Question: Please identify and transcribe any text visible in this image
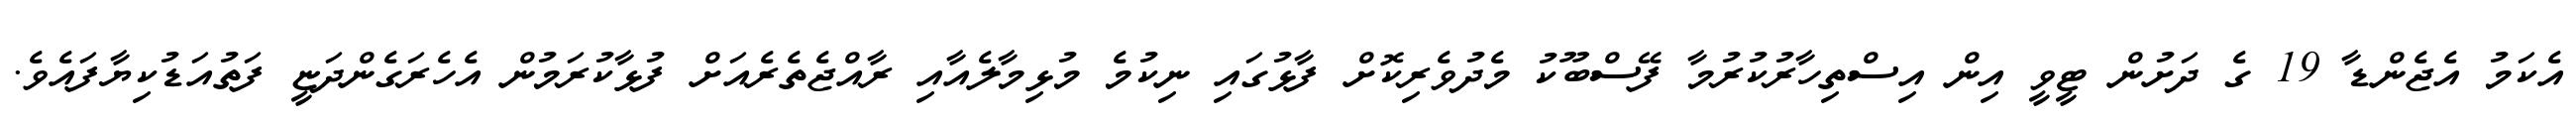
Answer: އެކަމު އެޖެންޑާ 19 ގެ ދަށުން ޓީވީ އިން އިސްތިހާރުކުރުމާ ފޭސްބޫކު މެދުވެރިކޮށް ފާޅުގައި ނިކުމެ މުޅިމާލެއާއި ރާއްޖެތެރެއަށް ފުޅާކުރަމުން އެހެރަގެންދަޏީ ފަތުއަޑުކިޔާފައެވެ.